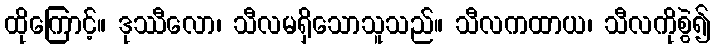
ထိုကြောင့်။ ဒုဿီလော၊ သီလမရှိသောသူသည်။ သီလကထာယ၊ သီလကိုစွဲ၍